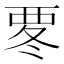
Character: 𮗀